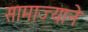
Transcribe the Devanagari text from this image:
सामाज्याने